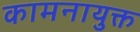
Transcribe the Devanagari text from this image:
कामनायुक्त